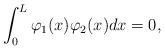
LaTeX: \begin{align*}\int_0^L \varphi_1 (x)\varphi_2(x)dx =0,\end{align*}